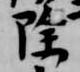
除